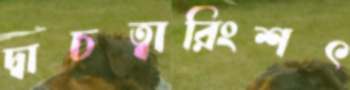
দ্বাচত্বারিংশৎ